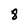
Character: 8